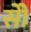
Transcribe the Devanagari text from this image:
सोे